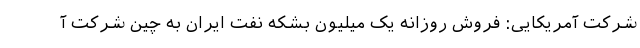
شرکت آمریکایی: فروش روزانه یک میلیون بشکه نفت ایران به چین شرکت آ